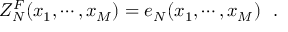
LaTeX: Z _ { N } ^ { F } ( x _ { 1 } , \cdots , x _ { M } ) = e _ { N } ( x _ { 1 } , \cdots , x _ { M } ) \, \, \, \, .